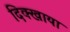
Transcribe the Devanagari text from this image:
दिक्खाया